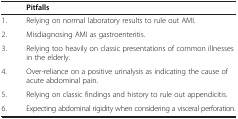
<table><thead><tr><td>[EMPTY_CELL]</td><td><b>Pitfalls</b></td></tr></thead><tbody><tr><td>1.</td><td>Relying on normal laboratory results to rule out AMI.</td></tr><tr><td>2.</td><td>Misdiagnosing AMI as gastroenteritis.</td></tr><tr><td>3.</td><td>Relying too heavily on classic presentations of common illnesses in the elderly.</td></tr><tr><td>4.</td><td>Over-reliance on a positive urinalysis as indicating the cause of acute abdominal pain.</td></tr><tr><td>5.</td><td>Relying on classic findings and history to rule out appendicitis.</td></tr><tr><td>6.</td><td>Expecting abdominal rigidity when considering a visceral perforation.</td></tr></tbody></table>